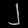
Digit: ၂